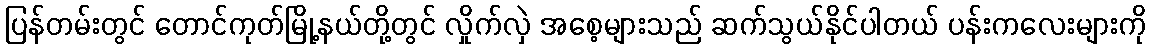
ပြန်တမ်းတွင် တောင်ကုတ်မြို့နယ်တို့တွင် လှိုက်လှဲ အစေ့များသည် ဆက်သွယ်နိုင်ပါတယ် ပန်းကလေးများကို